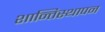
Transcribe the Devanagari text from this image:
शान्तिस्थापन